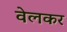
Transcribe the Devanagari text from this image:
वेलकर